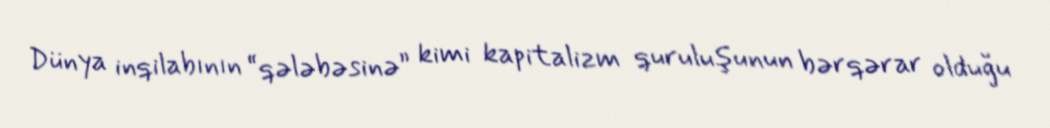
Dünya inqilabının “qələbəsinə” kimi kapitalizm quruluşunun bərqərar olduğu